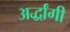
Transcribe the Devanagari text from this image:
अर्द्धांगी